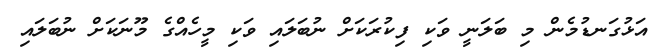
އަޅުގަނޑުމެން މި ބަލަނީ ވަކި ފިކުރަކަށް ނުބަލައި ވަކި މީހެއްގެ މޫނަކަށް ނުބަލައި